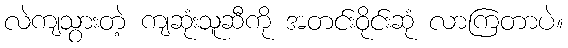
လဲကျသွားတဲ့ ကျဆုံးသူဆီကို အတင်းဝိုင်းဆုံ လာကြတာပဲ။